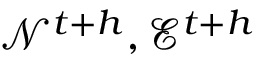
\mathcal { N } ^ { t { + } h } , \mathcal { E } ^ { t { + } h }